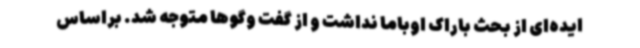
ایده‌ای از بحث باراک اوباما نداشت و از گفت وگوها متوجه شد. براساس